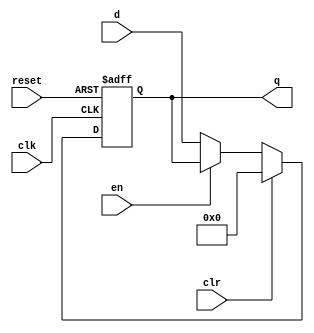
module reset_en_ff #(
  parameter WIDTH = 32)
(
  input             clk, reset, en, clr,
  input      [WIDTH-1:0] d,
  output reg [WIDTH-1:0] q
);

// enable is actualy stall signal, so if en=1, stall=0 so logic flows through pipeline
// wire enb = !en;

// always @(posedge clk or posedge reset)
//   if (reset)   q <= 32'b0;
//   else if (en) q <= d;

// ff with async global active low reset and enable and clr input
always @(posedge clk or negedge reset)
  if (!reset)    q <= {WIDTH{1'b0}};
  else if (clr)  q <= {WIDTH{1'b0}};
  else if (!en)  q <= d;

endmodule